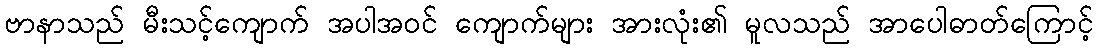
ဗာနာသည် မီးသင့်ကျောက် အပါအဝင် ကျောက်များ အားလုံး၏ မူလသည် အာပေါဓာတ်ကြောင့်